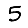
Digit: 5